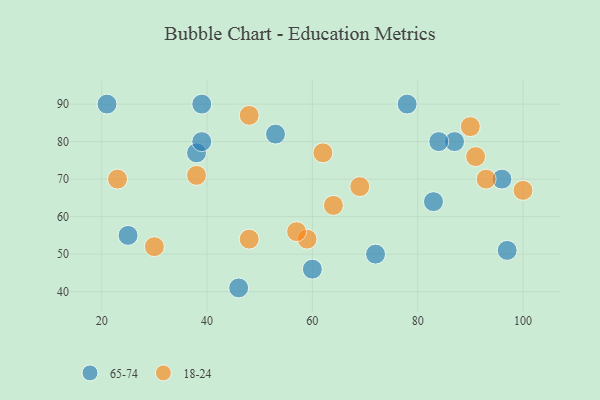
{"axis": {"x": "GDP", "y": "Life Expectancy"}, "legend": ["18-24", "65-74"], "data": [{"x": "72", "y": 50, "type": "65-74"}, {"x": "38", "y": 77, "type": "65-74"}, {"x": "60", "y": 46, "type": "65-74"}, {"x": "96", "y": 70, "type": "65-74"}, {"x": "39", "y": 80, "type": "65-74"}, {"x": "25", "y": 55, "type": "65-74"}, {"x": "46", "y": 41, "type": "65-74"}, {"x": "87", "y": 80, "type": "65-74"}, {"x": "97", "y": 51, "type": "65-74"}, {"x": "83", "y": 64, "type": "65-74"}, {"x": "21", "y": 90, "type": "65-74"}, {"x": "84", "y": 80, "type": "65-74"}, {"x": "39", "y": 90, "type": "65-74"}, {"x": "53", "y": 82, "type": "65-74"}, {"x": "78", "y": 90, "type": "65-74"}, {"x": "93", "y": 70, "type": "18-24"}, {"x": "59", "y": 54, "type": "18-24"}, {"x": "62", "y": 77, "type": "18-24"}, {"x": "30", "y": 52, "type": "18-24"}, {"x": "64", "y": 63, "type": "18-24"}, {"x": "90", "y": 84, "type": "18-24"}, {"x": "48", "y": 54, "type": "18-24"}, {"x": "91", "y": 76, "type": "18-24"}, {"x": "38", "y": 71, "type": "18-24"}, {"x": "48", "y": 87, "type": "18-24"}, {"x": "100", "y": 67, "type": "18-24"}, {"x": "23", "y": 70, "type": "18-24"}, {"x": "69", "y": 68, "type": "18-24"}, {"x": "57", "y": 56, "type": "18-24"}]}